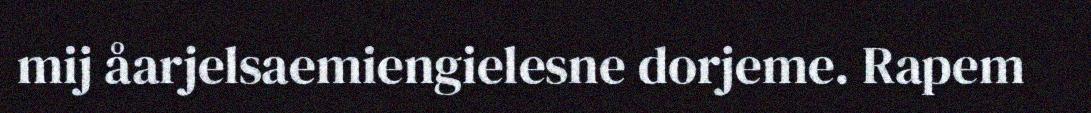
mij åarjelsaemiengielesne dorjeme. Rapem